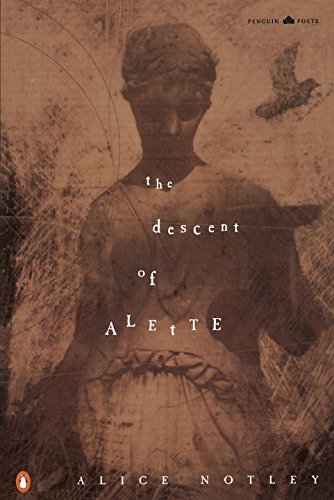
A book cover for The Descent of Alette (Poets, Penguin); Alice Notley; Literature & Fiction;